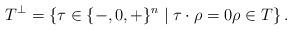
LaTeX: \begin{align*}T^\perp = \{ \tau \in \{-,0,+\}^n \mid \tau \cdot \rho = 0 \rho \in T \} \, .\end{align*}